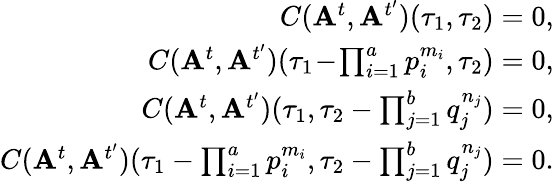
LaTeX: \begin{array}{r}{C(\mathbf{A}^{t},\mathbf{A}^{t^{\prime}})(\tau_{1},\tau_{2})=0,}\\ {C(\mathbf{A}^{t},\mathbf{A}^{t^{\prime}})(\tau_{1}\! -\! \prod_{i=1}^{a}p_{i}^{m_{i}},\tau_{2})=0,}\\ {C(\mathbf{A}^{t},\mathbf{A}^{t^{\prime}})(\tau_{1},\tau_{2}-\prod_{j=1}^{b}q_{j}^{n_{j}})=0,}\\ {C(\mathbf{A}^{t},\mathbf{A}^{t^{\prime}})(\tau_{1}-\prod_{i=1}^{a}p_{i}^{m_{i}},\tau_{2}-\prod_{j=1}^{b}q_{j}^{n_{j}})=0.}\end{array}